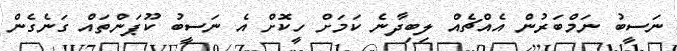
ނަސީބު ނަމްބަރުން އެއްޗެއް ލިބިދާނެ ކަމަށް ހީކޮށް އެ ނަސީބު ކޫޕަންތައް ގަނެގެން